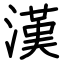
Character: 漢